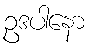
ဥဒပါနော